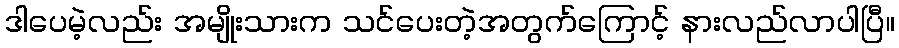
ဒါပေမဲ့လည်း အမျိုးသားက သင်ပေးတဲ့အတွက်ကြောင့် နားလည်လာပါပြီ။